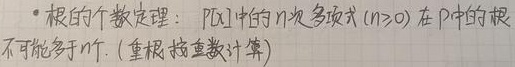
- 根的个数定理：\(P[x]\)中的\(n\)次多项式（\(n\geq0\)）在\(P\)中的根不可能多于\(n\)个.（重根按重数计算）